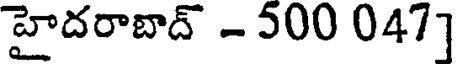
హైదరాబాద్ - 500 047]